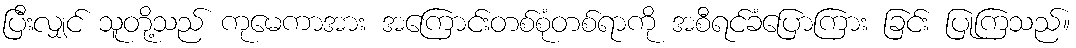
ပြီးလျှင် သူတို့သည် ကုမေကာအား အကြောင်းတစ်စုံတစ်ရာကို အစီရင်ခံပြောကြား ခြင်း ပြုကြသည်။